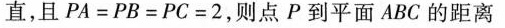
直，且$$P A=P B=P C=2$$，则点P到平面ABC的距离